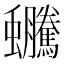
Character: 𧖍